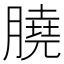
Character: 膮